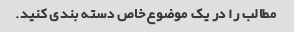
مطالب را در یک موضوع خاص دسته بندی کنید.